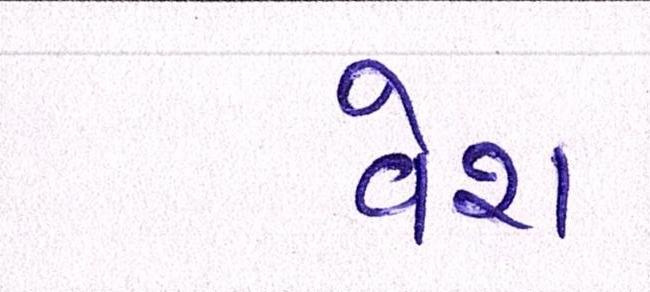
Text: વેશ